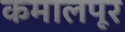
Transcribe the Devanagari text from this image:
कमालपूर